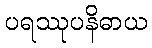
ပရဿုပနိဓာယ